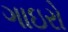
ગાઇરો